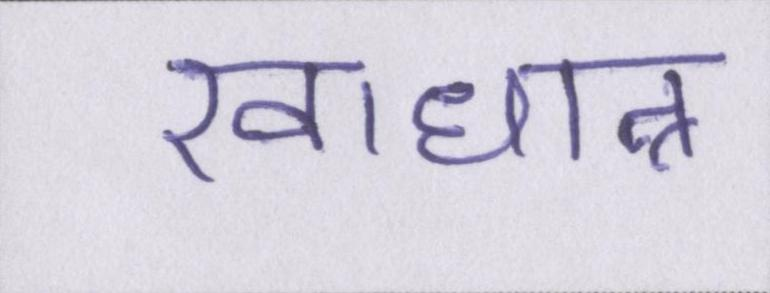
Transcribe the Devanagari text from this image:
खाधान्न